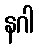
နဂါ